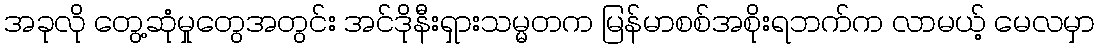
အခုလို တွေ့ဆုံမှုတွေအတွင်း အင်ဒိုနီးရှားသမ္မတက မြန်မာစစ်အစိုးရဘက်က လာမယ့် မေလမှာ